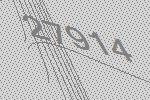
27914